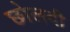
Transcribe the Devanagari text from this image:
छोलदी